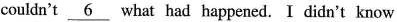
couldn't \underline_{6} what had happemed. I didn't know